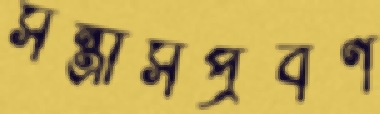
সন্ত্রাসপ্রবণ